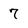
Character: 7